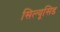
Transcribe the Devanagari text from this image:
सिल्यूसिड